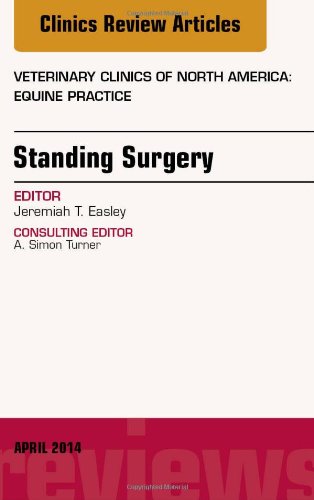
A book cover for Standing Surgery, An Issue of Veterinary Clinics of North America: Equine Practice, 1e (The Clinics: Veterinary Medicine); Jeremiah Easley DVM  Dipl. ACVS; Medical Books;